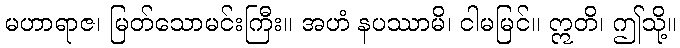
မဟာရာဇ၊ မြတ်သောမင်းကြီး။ အဟံ နပဿာမိ၊ ငါမမြင်။ ဣတိ၊ ဤသို့။